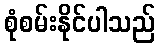
စုံစမ်းနိုင်ပါသည်